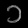
Digit: ၁